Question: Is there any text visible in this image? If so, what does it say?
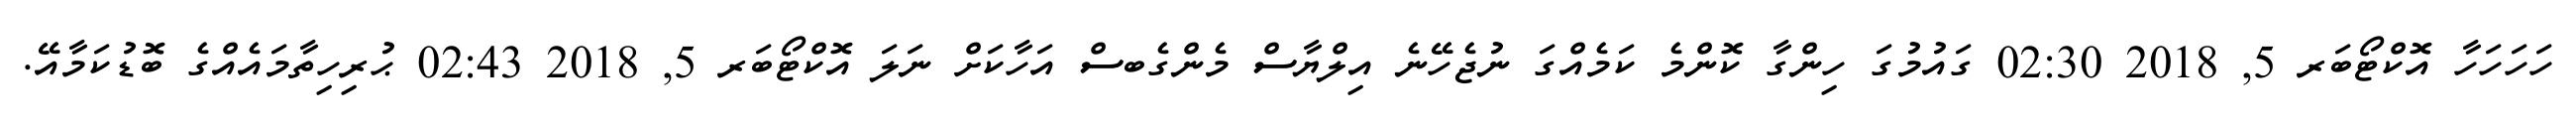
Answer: ހަހަހަހާ އޮކްޓޯބަރ 5, 2018 02:30 ގައުމުގަ ހިންގާ ކޮންމެ ކަމެއްގަ ނުޖެހޭނެ އިލްޔާސް މެންގެބސް އަހާކަށް ނަލަ އޮކްޓޯބަރ 5, 2018 02:43 ޙުރިހިތާމައެއްގެ ބޮޑުކަމާއޭ.